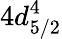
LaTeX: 4d_{5/2}^{4}